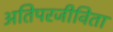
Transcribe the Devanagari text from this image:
अतिपरजीविता